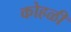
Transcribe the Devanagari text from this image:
कोहळी